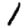
Digit: 1